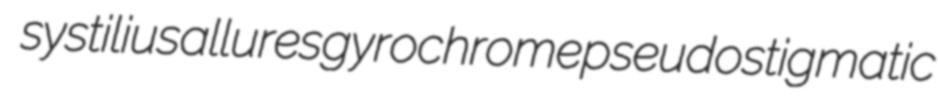
systilius allures gyrochrome pseudostigmatic